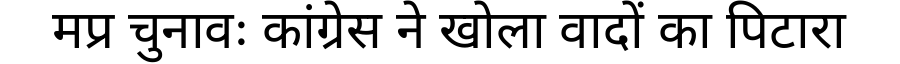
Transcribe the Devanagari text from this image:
मप्र चुनावः कांग्रेस ने खोला वादों का पिटारा